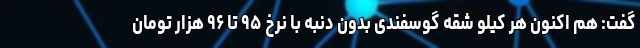
گفت: هم اکنون هر کیلو شقه گوسفندی بدون دنبه با نرخ ۹۵ تا ۹۶ هزار تومان